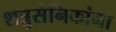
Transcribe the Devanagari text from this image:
शत्रुसैनिकांना